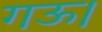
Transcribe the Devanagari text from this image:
गऊ।